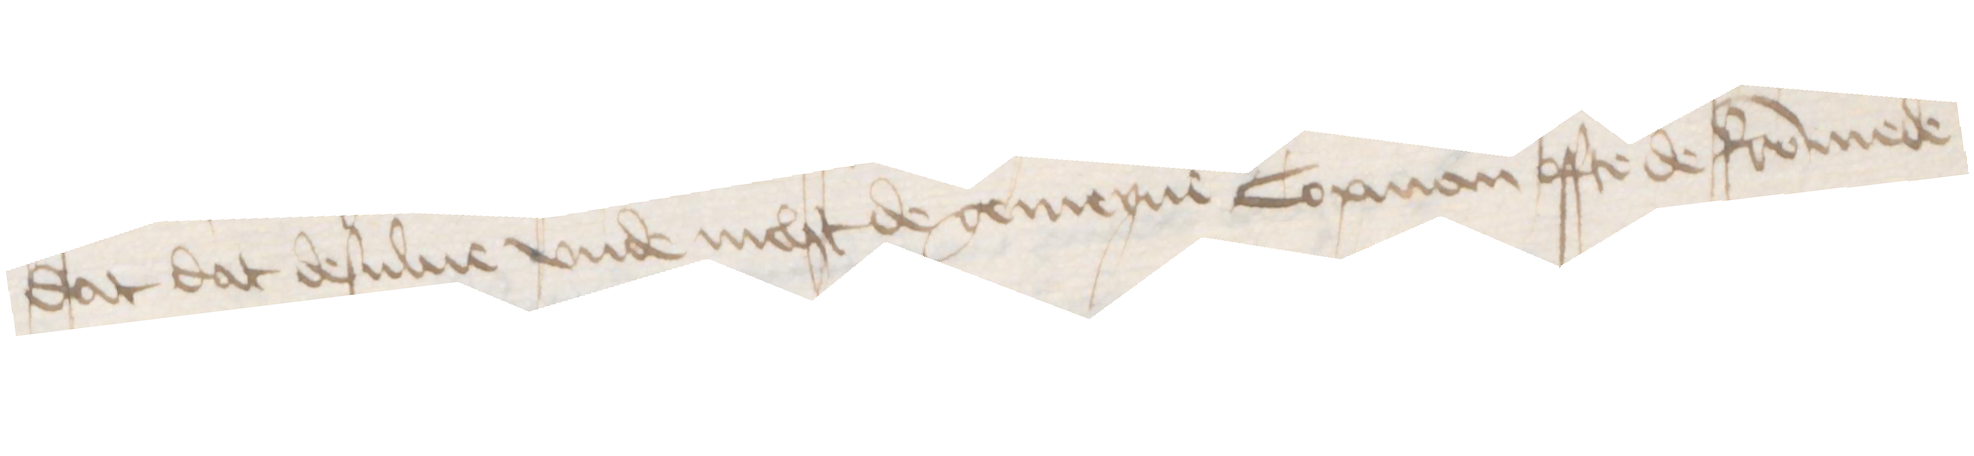
dat dat desulue vnde nicht de gemeyne Copman offte de frommede